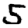
Digit: 5